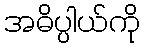
အဓိပ္ပါယ်ကို